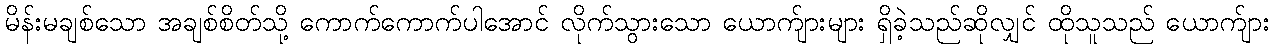
မိန်းမချစ်သော အချစ်စိတ်သို့ ကောက်ကောက်ပါအောင် လိုက်သွားသော ယောက်ျားများ ရှိခဲ့သည်ဆိုလျှင် ထိုသူသည် ယောက်ျား